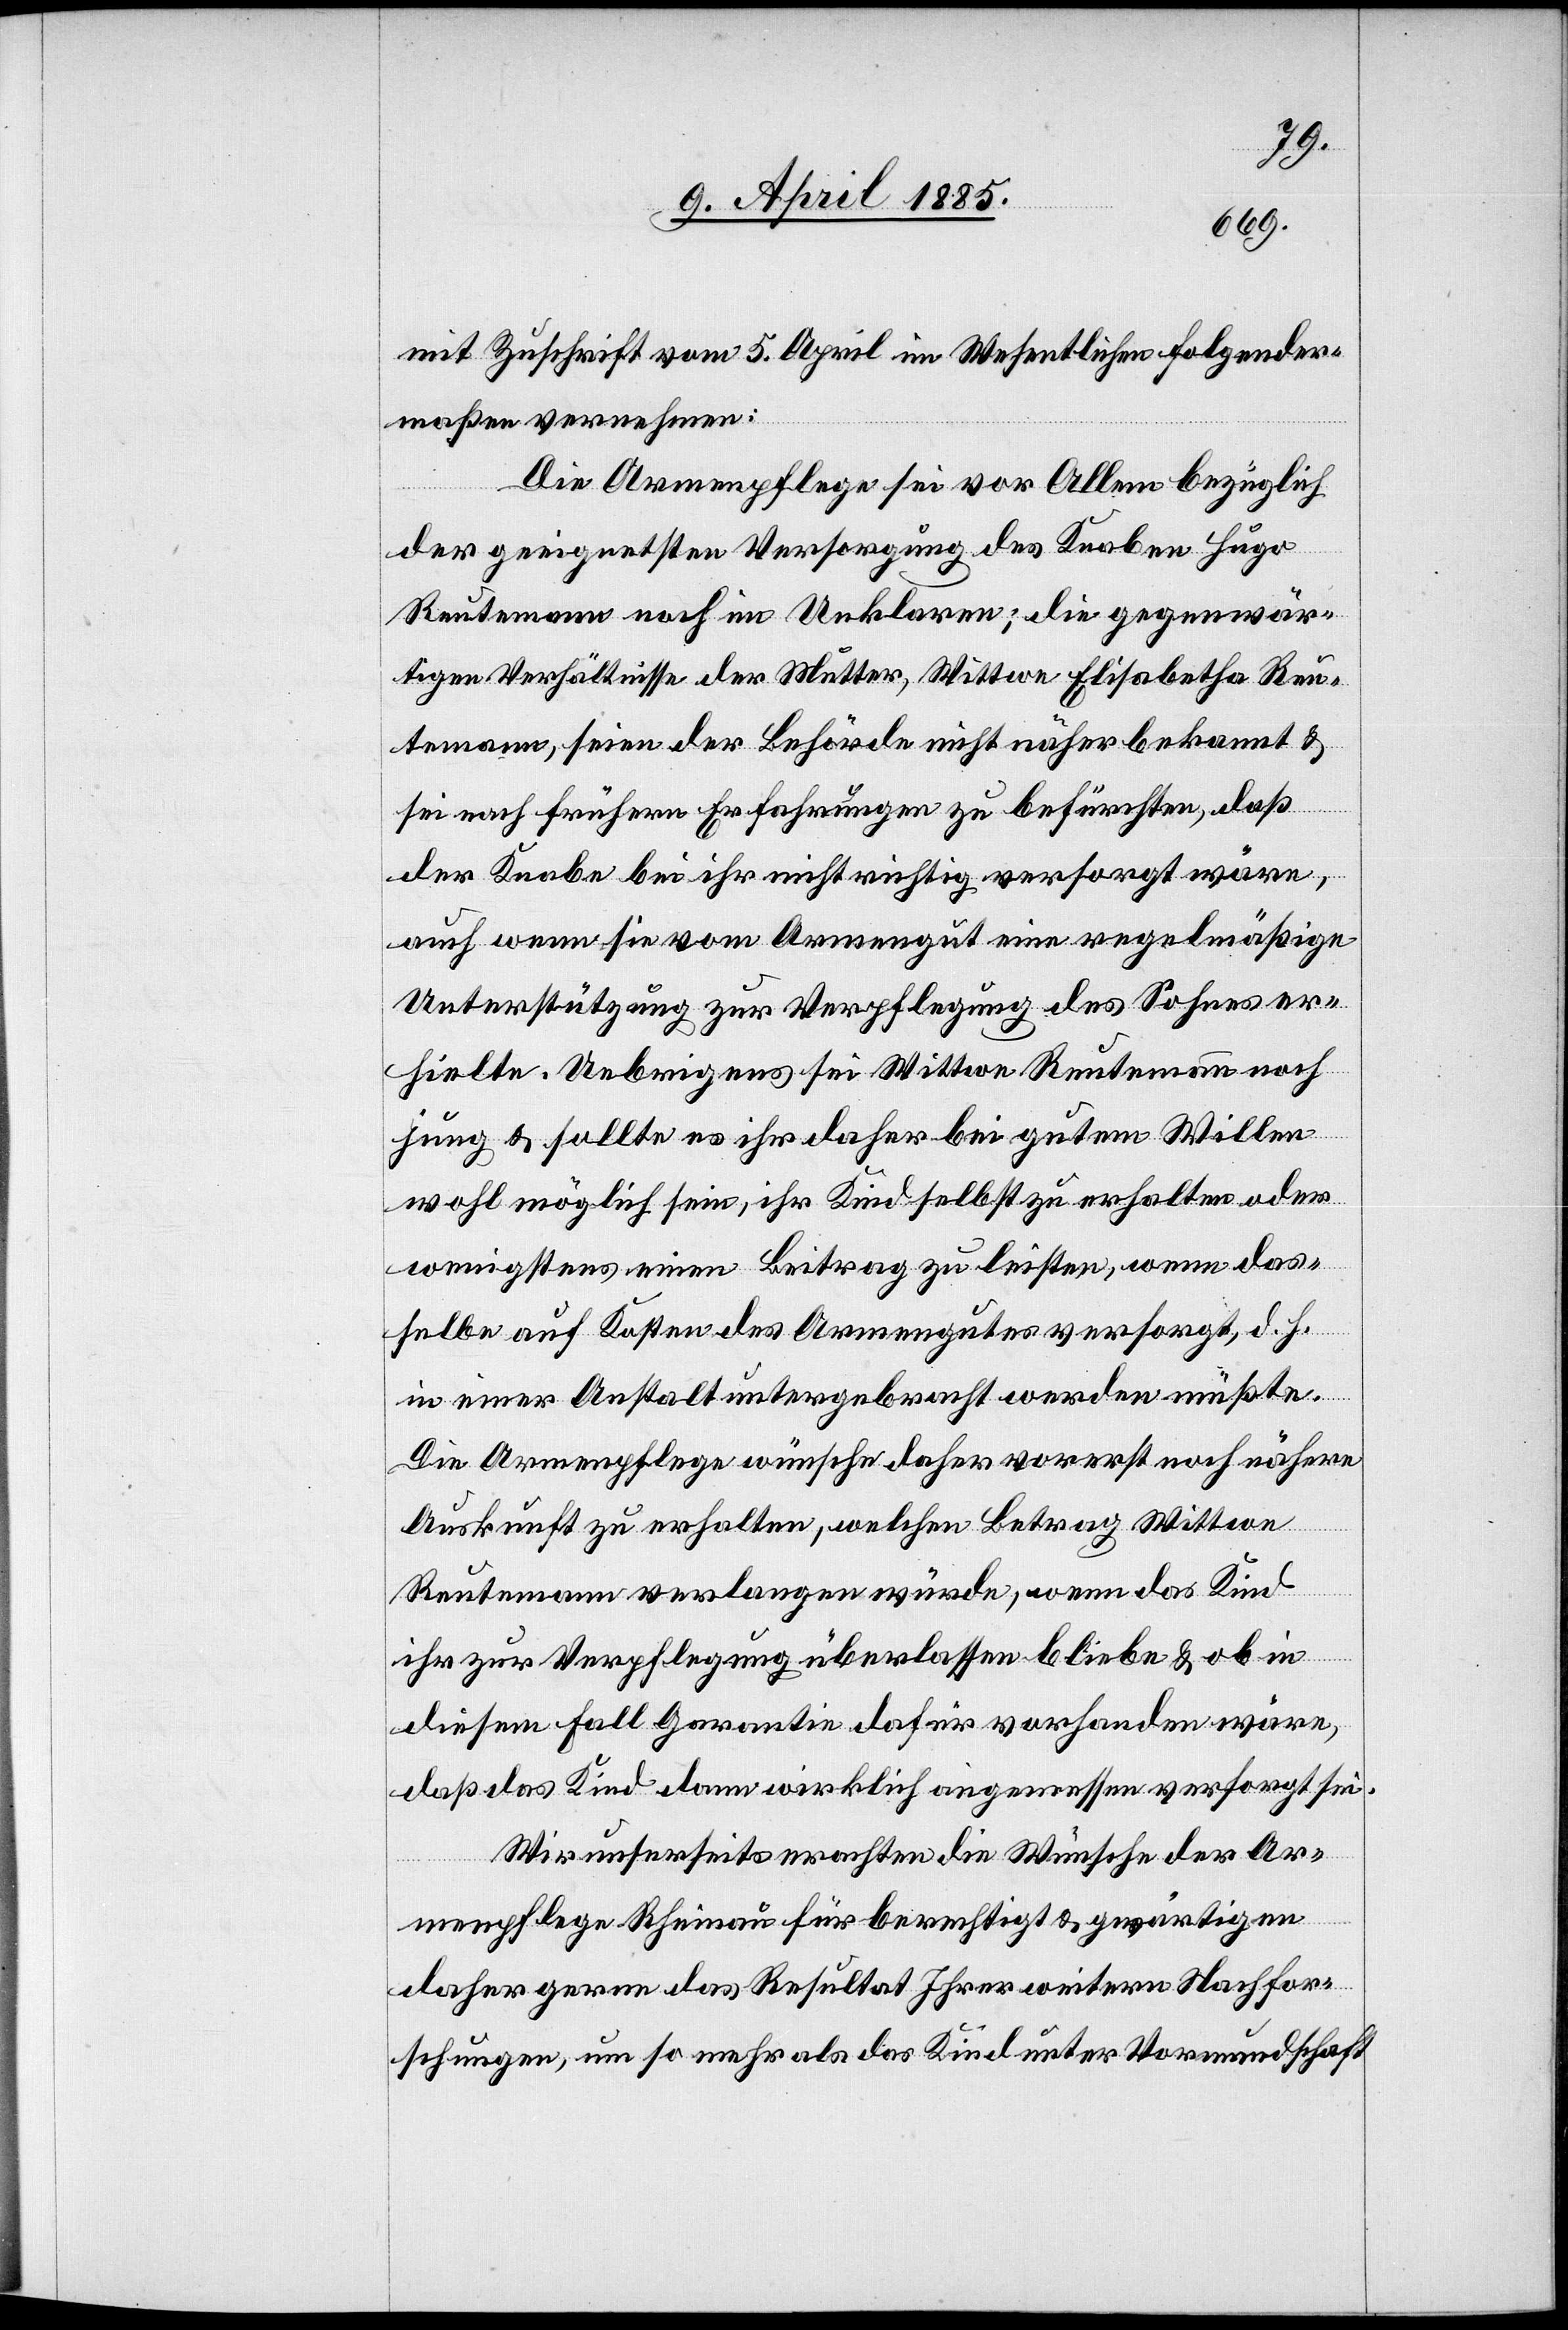
mit Zuschrift vom 5. April im Wesentlichen folgender¬
maßen vernehmen:
Die Armenpflege sie vor Allem bezüglich
der geeignetsten Versorgung des Knaben Hugo
Reutemann noch im Unklaren; die gegenwär¬
tigen Verhältnisse der Mutter, Wittwe Elisabetha Reu¬
temann, seien der Behörde nicht näher bekannt &
sei nach frühern Erfahrungen zu befürchten, daß
der Knabe bei ihr nicht richtig versorgt wäre,
auch wenn sie vom Armengut eine regelmäßige
Unterstützung zur Verpflegung des Sohnes er¬
hielte. Uebrigens sei Wittwe Reutemann noch
jung & sollte es ihr daher bei gutem Willen
wohl möglich sein, ihr Kind selbst zu erhalten oder
wenigstens einen Beitrag zu leisten, wenn das¬
selbe auf Kosten des Armengutes versorgt, d. h
in einer Anstalt untergebracht werden müßte.
Die Armenpflege wünsche daher vorerst noch nähere
Auskunft zu erhalten, welchen Betrag Wittwe
Reutemann verlangen würde, wenn das Kind
ihr zur Verpflegung überlassen bliebe & ob in
diesem Fall Garantie dafür vorhanden wäre,
daß das Kind dann wirklich angemessen versorgt sei.
Wir unserseits erachten de Wünsche der Ar¬
menpflege Rheinau für berechtigt & gewärtigen
daher gerne das Resultat Ihrer weitern Nachfor¬
schungen, um so mehr als das Kind unter Vormundschaft